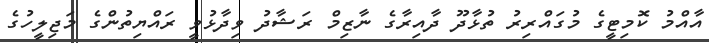
އާއްމު ކޮމިޓީގެ މުގައްރިރު ތުޅާދޫ ދާއިރާގެ ނާޒިމް ރަޝާދު ވިދާޅުވީ ރައްޔިތުންގެ މަޖިލީހުގެ